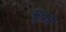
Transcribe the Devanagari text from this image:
सुव्रते